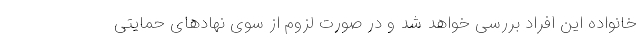
خانواده این افراد بررسی خواهد شد و در صورت لزوم از سوی نهادهای حمایتی